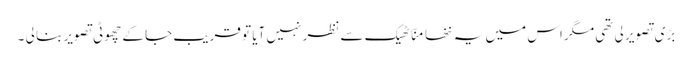
بڑی تصویر لی تھی مگر اس میں یہ ننھا منّا ٹھیک سے نظر نہیں آیا تو قریب جا کے چھوٹی تصویر بنا لی ۔